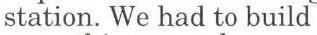
station. We had to build